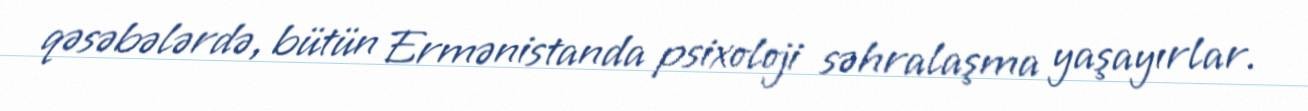
qəsəbələrdə, bütün Ermənistanda psixoloji səhralaşma yaşayırlar.